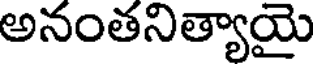
అనంతనిత్యాయై